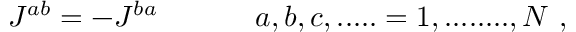
J ^ { a b } = - J ^ { b a } \ \ \ \ \ \ \ \ \ \ a , b , c , . . . . . = 1 , . . . . . . . . , N \ ,